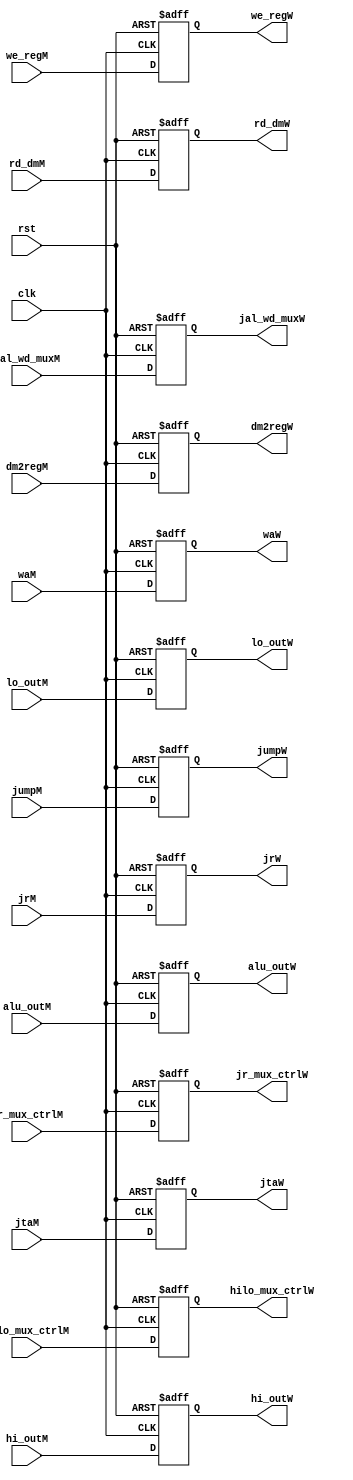
module W_Stage_Reg(
    input        clk, rst,
    input        jr_mux_ctrlM,
    input        jumpM,
    input [1:0]  hilo_mux_ctrlM,
    input        dm2regM,
    input        we_regM,

    input [31:0] alu_outM,

    input [31:0] rd_dmM,

    input [31:0] hi_outM,
    input [31:0] lo_outM,
    
    input [31:0] jrM,
    input [4:0]  waM,
    input [31:0] jtaM,
    input        jal_wd_muxM,

    output reg        jr_mux_ctrlW,
    output reg        jumpW,
    output reg [1:0]  hilo_mux_ctrlW,
    output reg        dm2regW,
    output reg        we_regW,

    output reg [31:0] alu_outW,

    output reg [31:0] rd_dmW,

    output reg [31:0] hi_outW,
    output reg [31:0] lo_outW,
    output reg        jal_wd_muxW,

    output reg [31:0] jrW,
    output reg [4:0]  waW,
    output reg [31:0] jtaW
    );
always @ (negedge clk, posedge rst) begin
    if (rst) begin
        jr_mux_ctrlW   <= 0;
        jumpW          <= 0;
        hilo_mux_ctrlW <= 0;
        dm2regW        <= 0;
        we_regW        <= 0;

        alu_outW       <= 0;
        jal_wd_muxW    <= 0;
        rd_dmW         <= 0;

        hi_outW        <= 0;
        lo_outW        <= 0;

        jrW            <= 0;
        waW            <= 0;
        jtaW           <= 0;
    end

    else begin
        jr_mux_ctrlW   <= jr_mux_ctrlM;
        jumpW          <= jumpM;
        hilo_mux_ctrlW <= hilo_mux_ctrlM;
        dm2regW        <= dm2regM;
        we_regW        <= we_regM;

        alu_outW       <= alu_outM;
        
        rd_dmW         <= rd_dmM;

        hi_outW        <= hi_outM;
        lo_outW        <= lo_outM;

        jrW            <= jrM;
        waW            <= waM;
        
        jtaW           <= jtaM;
        
        jal_wd_muxW    <= jal_wd_muxM;
    end
end
endmodule